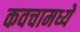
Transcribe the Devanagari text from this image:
कवचामध्ये